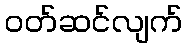
ဝတ်ဆင်လျက်